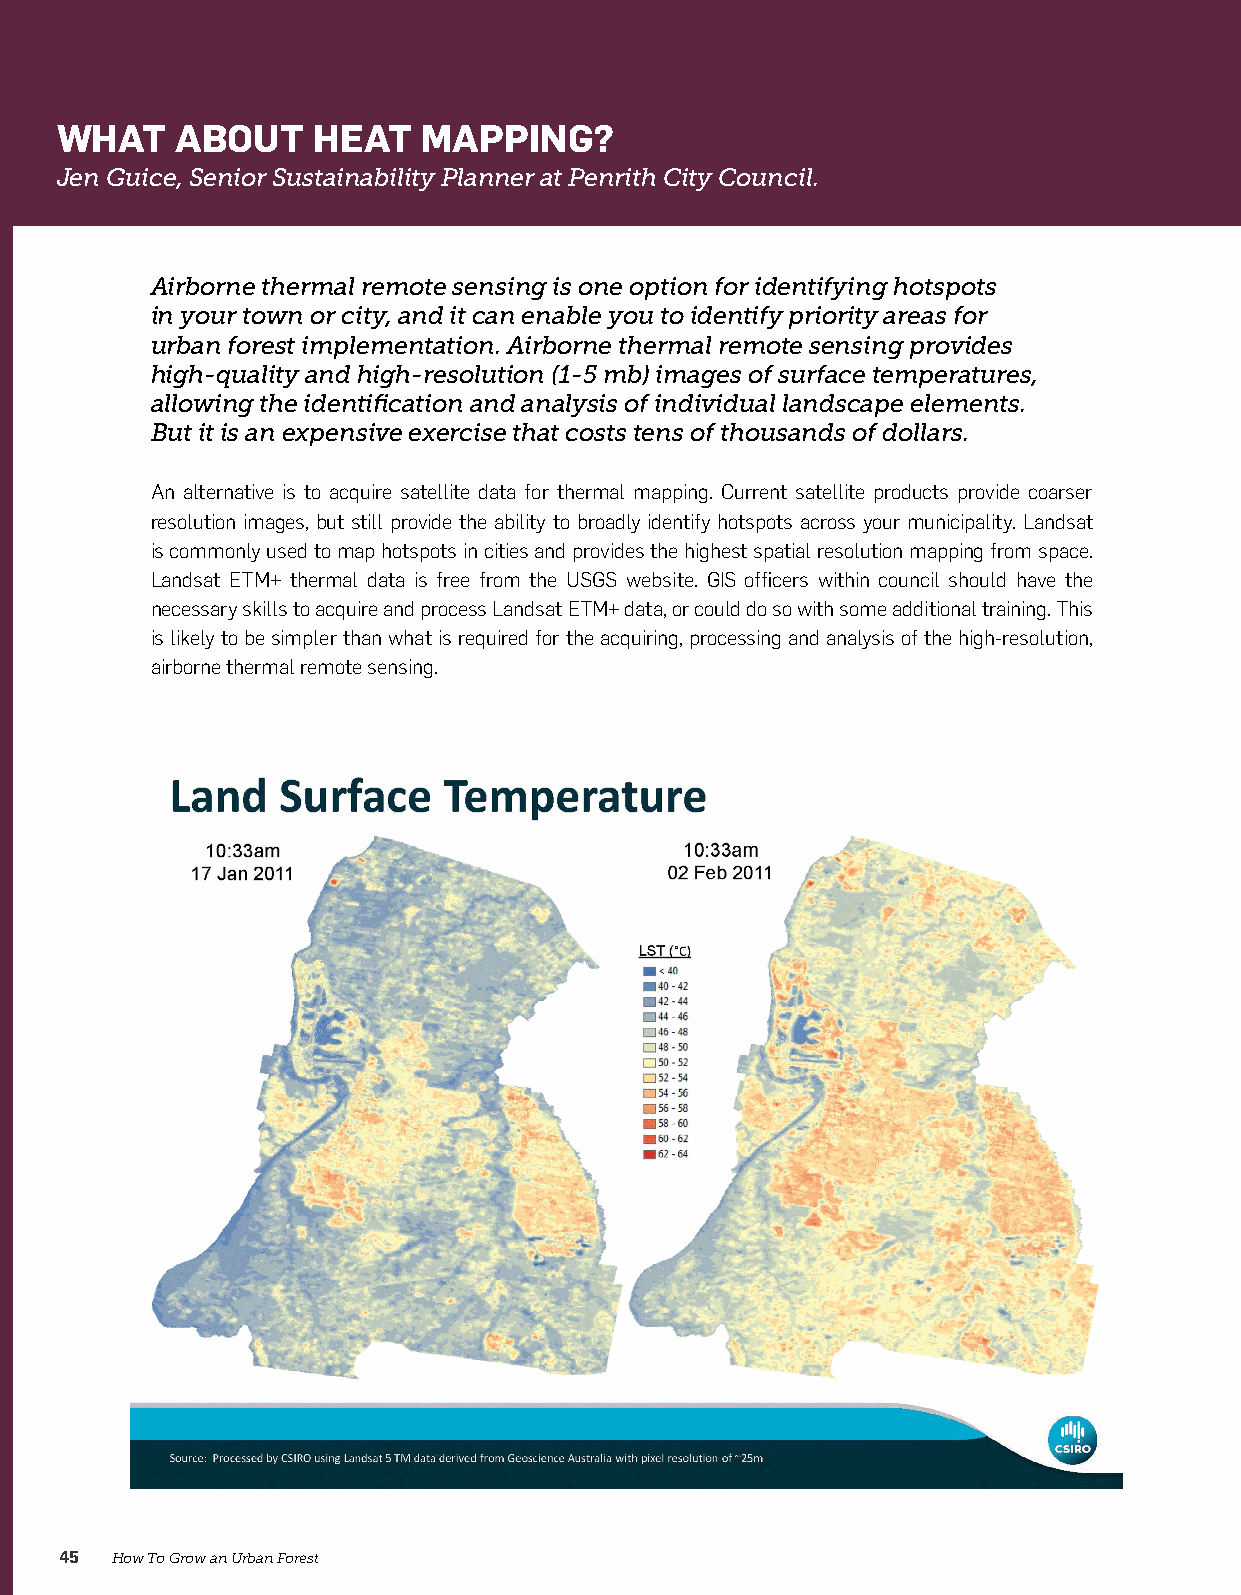
WHAT    ABOUT    HEAT   MAPPING?
 Jen Guice, Senior Sustainability Planner at Penrith City Council.
 Airborne thermal remote sensing is one option for identifying hotspots
 in your town or city, and it can enable you to identify priority areas for
 urban forest implementation. Airborne thermal remote sensing provides
 high-quality and high-resolution (1-5 mb) images of surface temperatures,
 allowing the identification and analysis of individual landscape elements.
 But it is an expensive exercise that costs tens of thousands of dollars.
 An alternative is to acquire satellite data for thermal mapping. Current satellite products provide coarser
 resolution images, but still provide the ability to broadly identify hotspots across your municipality. Landsat
 is commonly used to map hotspots in cities and provides the highest spatial resolution mapping from space.
 Landsat ETM+ thermal data is free from the USGS website. GIS officers within council should have the
 necessary skills to acquire and process Landsat ETM+ data, or could do so with some additional training. This
 is likely to be simpler than what is required for the acquiring, processing and analysis of the high-resolution,
 airborne thermal remote sensing.
 45 How To Grow an Urban Forest